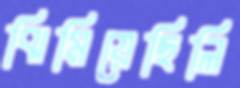
ঝিমিয়েছিলি